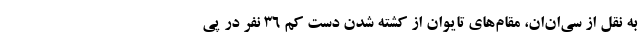
به نقل از سی‌ان‌ان، مقام‌های تایوان از کشته شدن دست کم ۳۶ نفر در پی